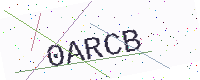
Text: 0ARCB